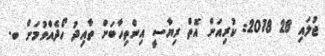
ޖުލައި 28 2018: ކުރިއަށް އޮތް ރިޔާސީ އިންތިހާބަށް ތާއިދު ހޯދެއްވުމަށް ބ.